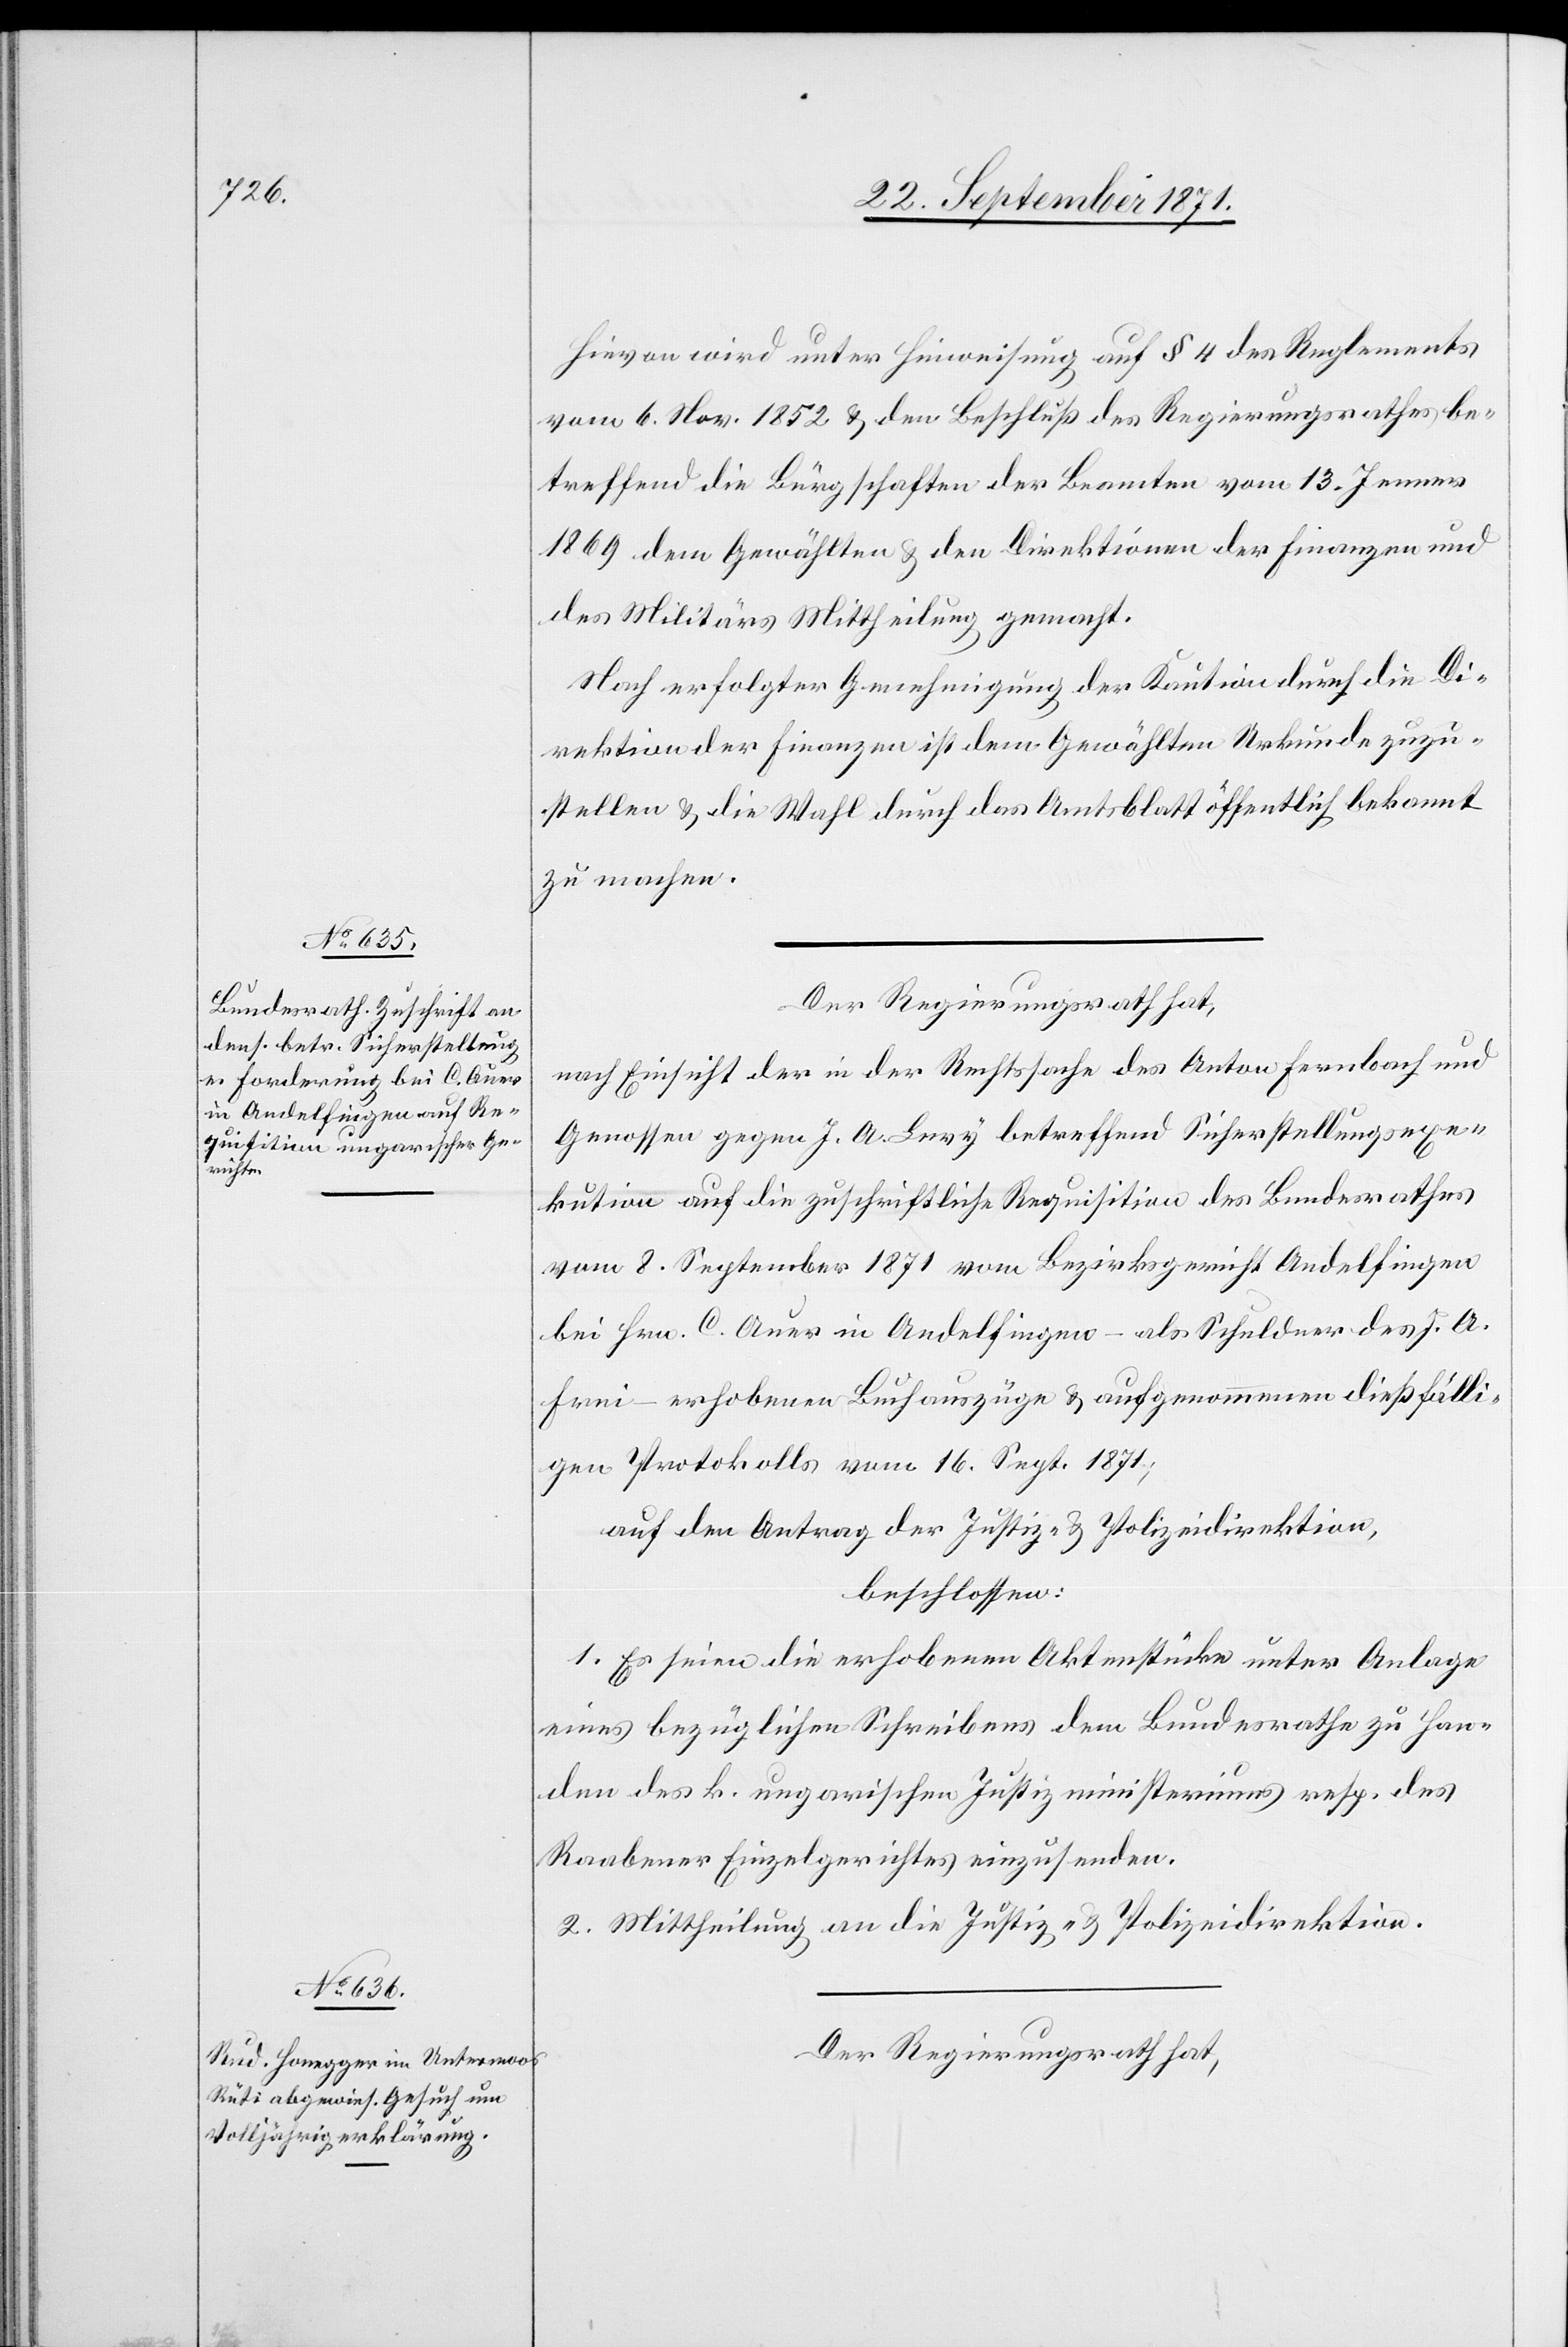
Hievon wird unter Hinweisung auf § 4 des Reglements
vom 6. Nov. 1852 & den Beschluß des Regierungsrathes be¬
treffend die Bürgschaften der Beamten vom 13. Jenner
1869 dem Gewählten & den Direktionen der Finanzen und
des Militärs Mittheilung gemacht.
Nach erfolgter Genehmigung der Kaution durch die Di¬
rektion der Finanzen ist dem Gewählten Urkunde zuzu¬
stellen & die Wahl durch das Amtsblatt öffentlich bekannt
zu machen.
Der Regierungsrath hat,
nach Einsicht der in der Rechtssache des Anton Fernbach und
Genossen gegen J. A. Levy betreffend Sicherstellungsexe¬
kution auf die zuschriftliche Requisition des Bundesrathes
vom 8. September 1871 vom Bezirksgericht Andelfingen
bei Hrn. C. Auer in Andelfingen – als Schuldner des J. A.
Frei – erhobenen Buchauszüge & aufgenommenen dießfälli¬
gen Protokolls vom 16. Sept. 1871;
auf den Antrag der Justiz- & Polizeidirektion,
beschlossen:
1. Es seien die erhobenen Aktenstücke unter Anlage
eines bezüglichen Schreibens dem Bundesrathe zu Han¬
den des k. ungarischen Justizministeriums resp. des
Raabener Einzelgerichtes einzusenden.
2. Mittheilung an die Justiz- & Polizeidirektion.
Der Regierungsrath hat,